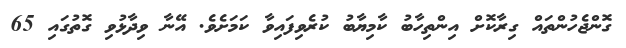
ގޮންޖެހުންތައް ގިރާކޮށް އިންތިހާބު ކާމިޔާބު ކުރެވިފައިވާ ކަމަށެވެ. އޭނާ ވިދާޅުވި ގޮތުގައި 65